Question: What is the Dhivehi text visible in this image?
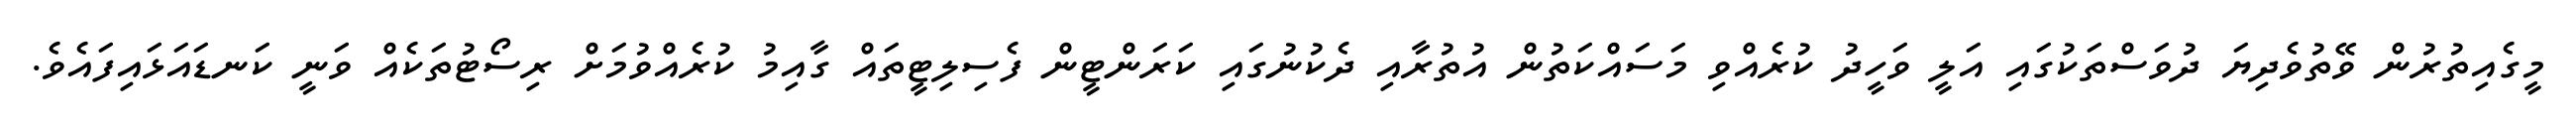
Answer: މީގެއިތުރުން ވޭތުވެދިޔަ ދުވަސްތަކުގައި އަލީ ވަހީދު ކުރެއްވި މަސައްކަތުން އުތުރާއި ދެކުނުގައި ކަރަންޓީން ފެސިލިޓީތައް ގާއިމު ކުރެއްވުމަށް ރިސޯޓުތަކެއް ވަނީ ކަނޑައަޅައިފައެވެ.